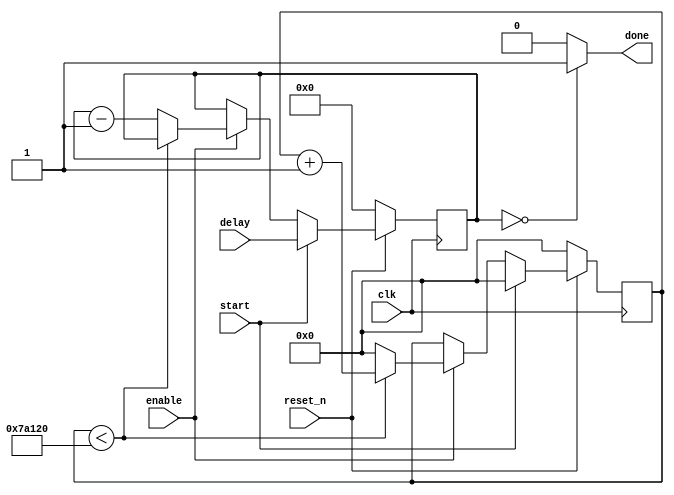
module delay_counter (input clk, reset_n, start, enable, input [7:0] delay, output done);
parameter BASIC_PERIOD=19'd500000;

// for 50 MHz clock,  500,000 clock cycle, that is 19'd500000.


reg [7:0] downcounter/*synthesis keep*/;
reg [18:0] timer/*synthesis keep*/;

always @( posedge clk)
	begin
		if (!reset_n)
			begin
				timer<=19'd0;//14'b00000000000000;
				downcounter<=8'h00;
			end
		else if (start==1'b1)
			begin
				timer<=19'd0;
				downcounter<=delay;
			end
		else if (enable==1'b1)
			begin
				if (timer<BASIC_PERIOD)
				timer<=timer+19'd1;//14'b00000000000001;
//Once the specified amount of time has expired, the module asserts the delay_done signal
				else
					begin
						downcounter<=downcounter-8'b1;
						timer<=19'd0;//14'b00000000000000;
					end
			end
	end
assign done=(downcounter==8'b00000000)?1'b1:1'b0;



endmodule